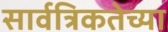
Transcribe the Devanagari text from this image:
सार्वत्रिकतेच्या